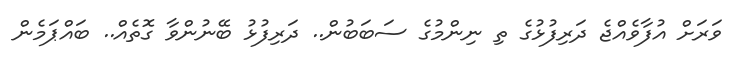
ވަރަށް އުފާވެއްޖެ ދަރިފުޅުގެ ތި ނިންމުގެ ސަބަބުން.. ދަރިފުޅު ބޭނުންވާ ގޮތެއް.. ބައްޕަމެން